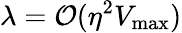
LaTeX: \lambda={\cal O}(\eta^{2}V_{\mathrm{max}})